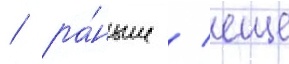
/ ра́ньше / еще